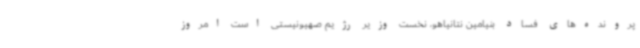
پرونده‌های فساد بنیامین نتانیاهو، نخست وزیر رژیم صهیونیستی است امروز